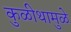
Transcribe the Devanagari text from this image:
कुळीथामुळे